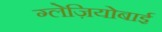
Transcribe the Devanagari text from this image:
ग्लेज़ियोबाई